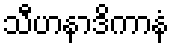
သီဟနာဒိကာနံ